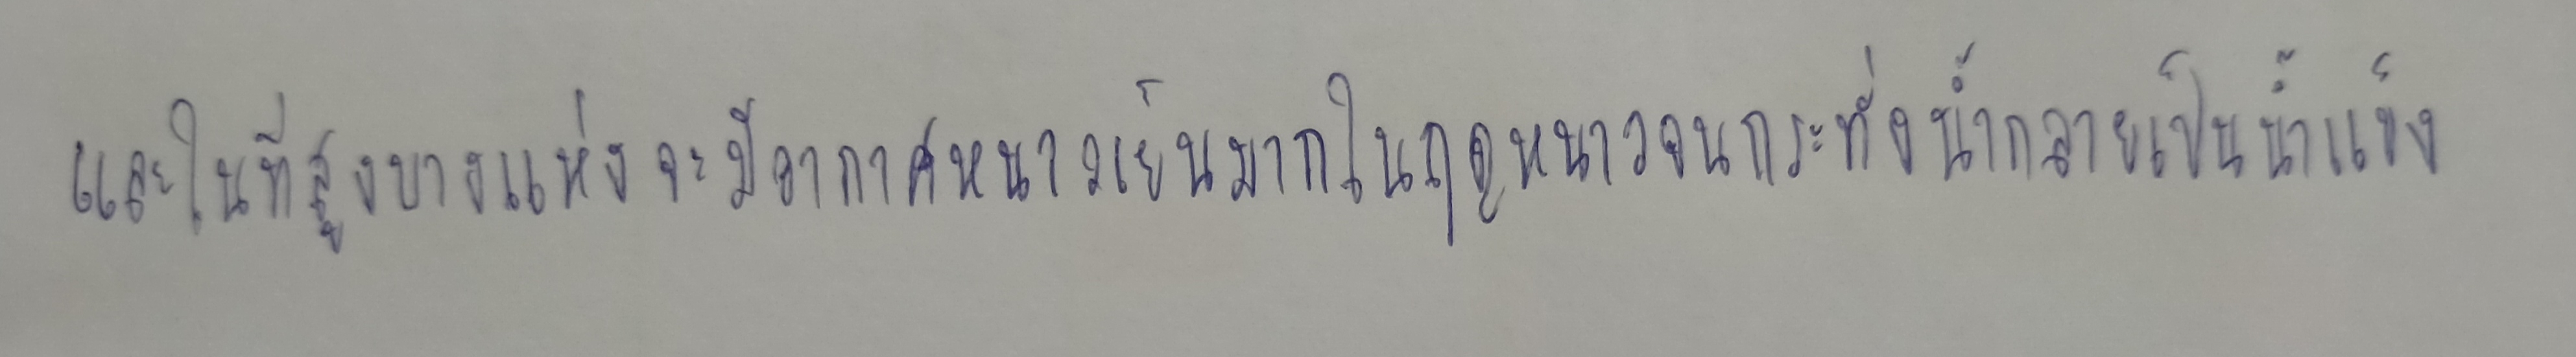
และในที่สูงบางแห่งจะมีอากาศหนาวเย็นมากในฤดูหนาวจนกระทั่งน้ำกลายเป็นน้ำแข็ง